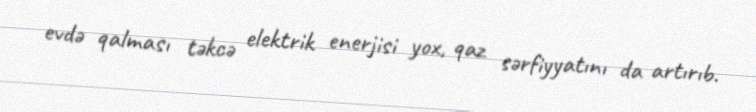
evdə qalması təkcə elektrik enerjisi yox, qaz sərfiyyatını da artırıb.